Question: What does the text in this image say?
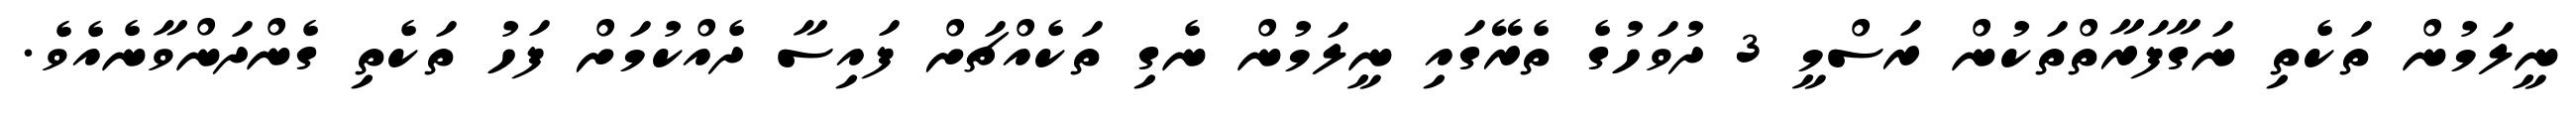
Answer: ނީލަމުން ތަކެތި ނަގާފަރާތްތަކުން ރަސްމީ 3 ދުވަހުގެ ތެރޭގައި ނީލަމުން ނެގި ތަކެއްޗަށް ފައިސާ ދެއްކުމަށް ފަހު ތަކެތި ގެންދަންވާނެއެވެ.